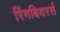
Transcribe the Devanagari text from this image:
रिंगबियरर्स